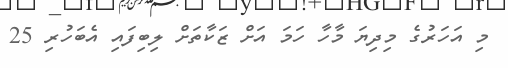
މި އަހަރުގެ މިދިޔަ މާހާ ހަމަ އަށް ޒަކާތަށް ލިބިފައި އެބަހުރި 25